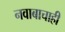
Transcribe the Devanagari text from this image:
नवाबाचाही